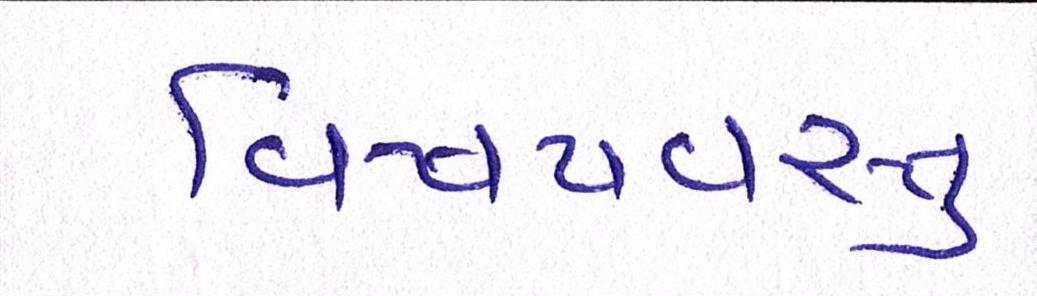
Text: વિષયવસ્તુ